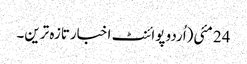
24 مئی(اُردو پوائنٹ اخبارتازہ ترین۔